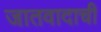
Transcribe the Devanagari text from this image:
जातवादाची